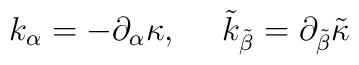
k_\alpha = -\partial_\alpha \kappa  , \ \ \ \  \tilde{k}_{\tilde{\beta}}=\partial_{\tilde{\beta}}\tilde{\kappa}